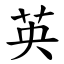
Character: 英